Vaccine operations Central Provinces & Berar 1912-1920 - 1912-1920
Year: 1912
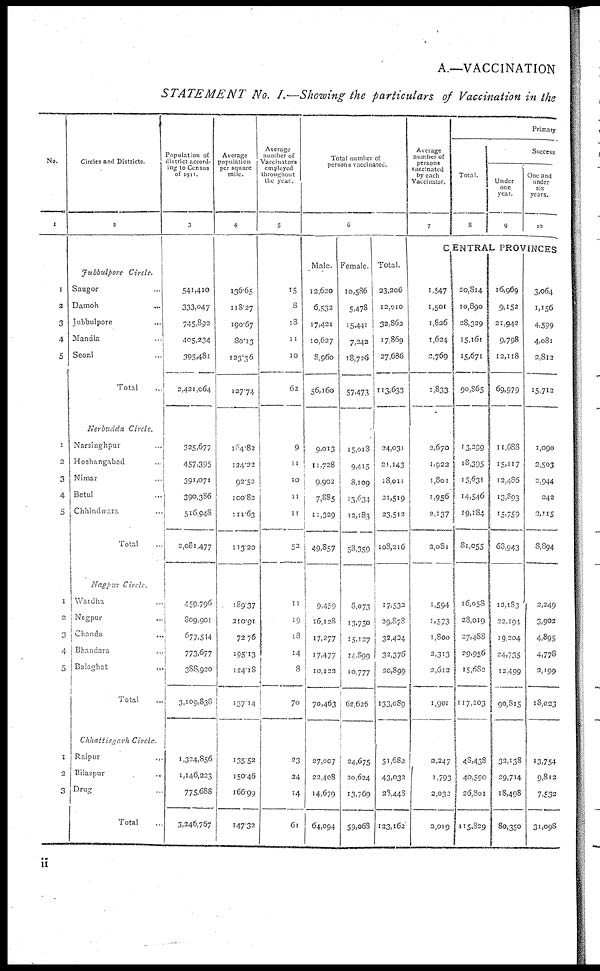
A.—VACCINATION
STATEMENT No. I.—Showing the particulars of Vaccination in the
No.
1
1
2
3
4
5
1
2
3
4
5
1
2
3
4
5
1
2
3
Circles and Districts.
2
Jubbulpore Circle.
Saugor ...
Damoh
...
Jubbulpore ...
Mandla ...
Seoni ...
Total ...
Nerbudda Circle.
Narsinghpur ...
Hoshangabad ...
Nimar ...
Betul ...
Chhindwara ...
Total ...
Nagpur Circle.
Wardha ...
Nagpur ...
Chanda ...
Bhandara ...
Balaghat
...
Total ...
Chhattisgarh Circle.
Raipur
...
Bilaspur ...
Drug ...
Total ...
Population of
district accord-
ing to Census
of 1911.
3
541,410
333,047
745,892
405,234
395,481
2,421,064
325,677
457,395
391,071
390,386
516,948
2,081,477
459,796
809,901
677,544
773,677
388,920
3,109,838
1,324,856
1,146,223
775,688
3,246,767
Average
population
per square
mile.
4
136.65
118.27
190.67
80.13
123.36
127.74
164.82
124.22
92.52
100.82
111.63
113.20
189.37
210.91
72.76
195.13
124.18
137.14
135.52
150.46
166.99
147.32
Average
number of
Vaccinators
employed
throughout
the year.
5
15
8
18
11
10
62
9
11
10
11
11
52
11
19
18
14
8
70
23
24
14
61
Total number of
persons vaccinated.
6
Male.
12,620
6,532
17,421
10,627
8,960
56,160
9,013
11,728
9,902
7,885
11,329
49,857
9,459
16,128
17,277
17,477
10,122
70,463
27,007
22,408
14,679
64,094
Female.
10,586
5,478
15,441
7,242
18,726
57,473
15,013
9,415
8,109
13,634
12,183
58,359
3,073
13,750
15,127
14,899
10,777
62,626
24,675
20,624
13,769
59,068
Total.
23,206
12,010
32,862
17,869
27,686
113,633
24,031
21,143
18,011
21,519
23,512
108,216
17,532
29,878
32,404
32,376
20,899
133,089
51,682
43,033
28,448
123,162
Average
number of
persons
vaccinated
by each
Vaccinator.
7
Primary
Total.
8
Success
Under
one
year.
9
One and
under
six-
years.
10
CENTRAL PROVINCES
1,547
1,501
1,826
1,624
2,769
1,833
2,670
1,922
1,801
1,956
2,137
3,081
1,594
1,573
1,800
2,313
2,612
1,901
2,247
1,793
2,032
2,019
20,814
10,890
28,329
15,161
15,671
90,865
13,299
18,395
15,631
14,546
19,184
81,055
16,058
28,019
27,488
29,956
15,682
117,203
48,438
40,590
26,801
115,829
16,969
9,152
21,942
9,798
12,1l8
69,979
11,688
15,117
12,486
13,893
15,759
68,943
12,183
22,194
19,204
24,735
12,499
90,815
32,138
29,714
18,498
80,350
3,064
1,156
4,599
4,081
2,8l2
15,712
1,090
2,503
2,944
242
2,115
8,894
2,249
3,902
4,895
4,778
3,199
18,023
13,754
9,812
7,532
31,098
ii